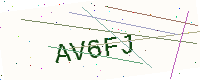
Text: AV6FJ